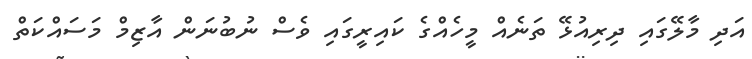
އަދި މާލޭގައި ދިރިއުޅޭ ތަނެއް މީހެއްގެ ކައިރީގައި ވެސް ނުބުނަން އާޒިމް މަސައްކަތް